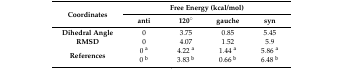
| <ROWSPAN=2> Coordinates | <COLSPAN=4> Free Energy (kcal/mol) |
 | anti | 120° | gauche | syn |
 | --- | --- | --- | --- | --- |
 | Dihedral Angle | 0 | 3.75 | 0.85 | 5.45 |
 | RMSD | 0 | 4.07 | 1.52 | 5.9 |
 | <ROWSPAN=2> References | 0 a | 4.22 a | 1.44 a | 5.86 a |
 | 0 b | 3.83 b | 0.66 b | 6.48 b |